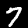
Digit: 7